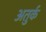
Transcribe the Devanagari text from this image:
अतुर्क